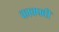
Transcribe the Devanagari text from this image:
काक्फ्वी